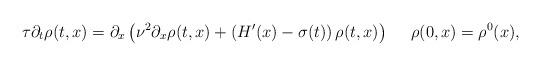
LaTeX: \begin{align*}\tau \partial_t \rho(t,x) = \partial_x \left ( \nu^2 \partial_x \rho(t,x) + \left ( H'(x) -\sigma(t) \right ) \rho(t,x) \right ) \ \ \ \ \rho(0,x) = \rho^0(x) ,\end{align*}